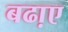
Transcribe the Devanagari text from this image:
बढा़ए